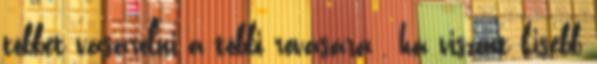
többet vásárolni a többi rovására , ha viszont kisebb